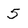
Character: 5